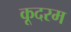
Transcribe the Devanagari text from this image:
कूदरम